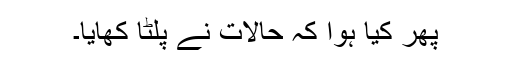
پھر کیا ہوا کہ حالات نے پلٹا کھایا۔